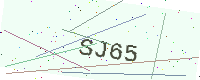
Text: SJ65